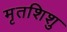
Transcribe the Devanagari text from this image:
मृतशिशु